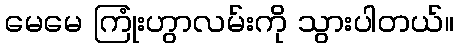
မေမေ ကြုံးဟွာလမ်းကို သွားပါတယ်။